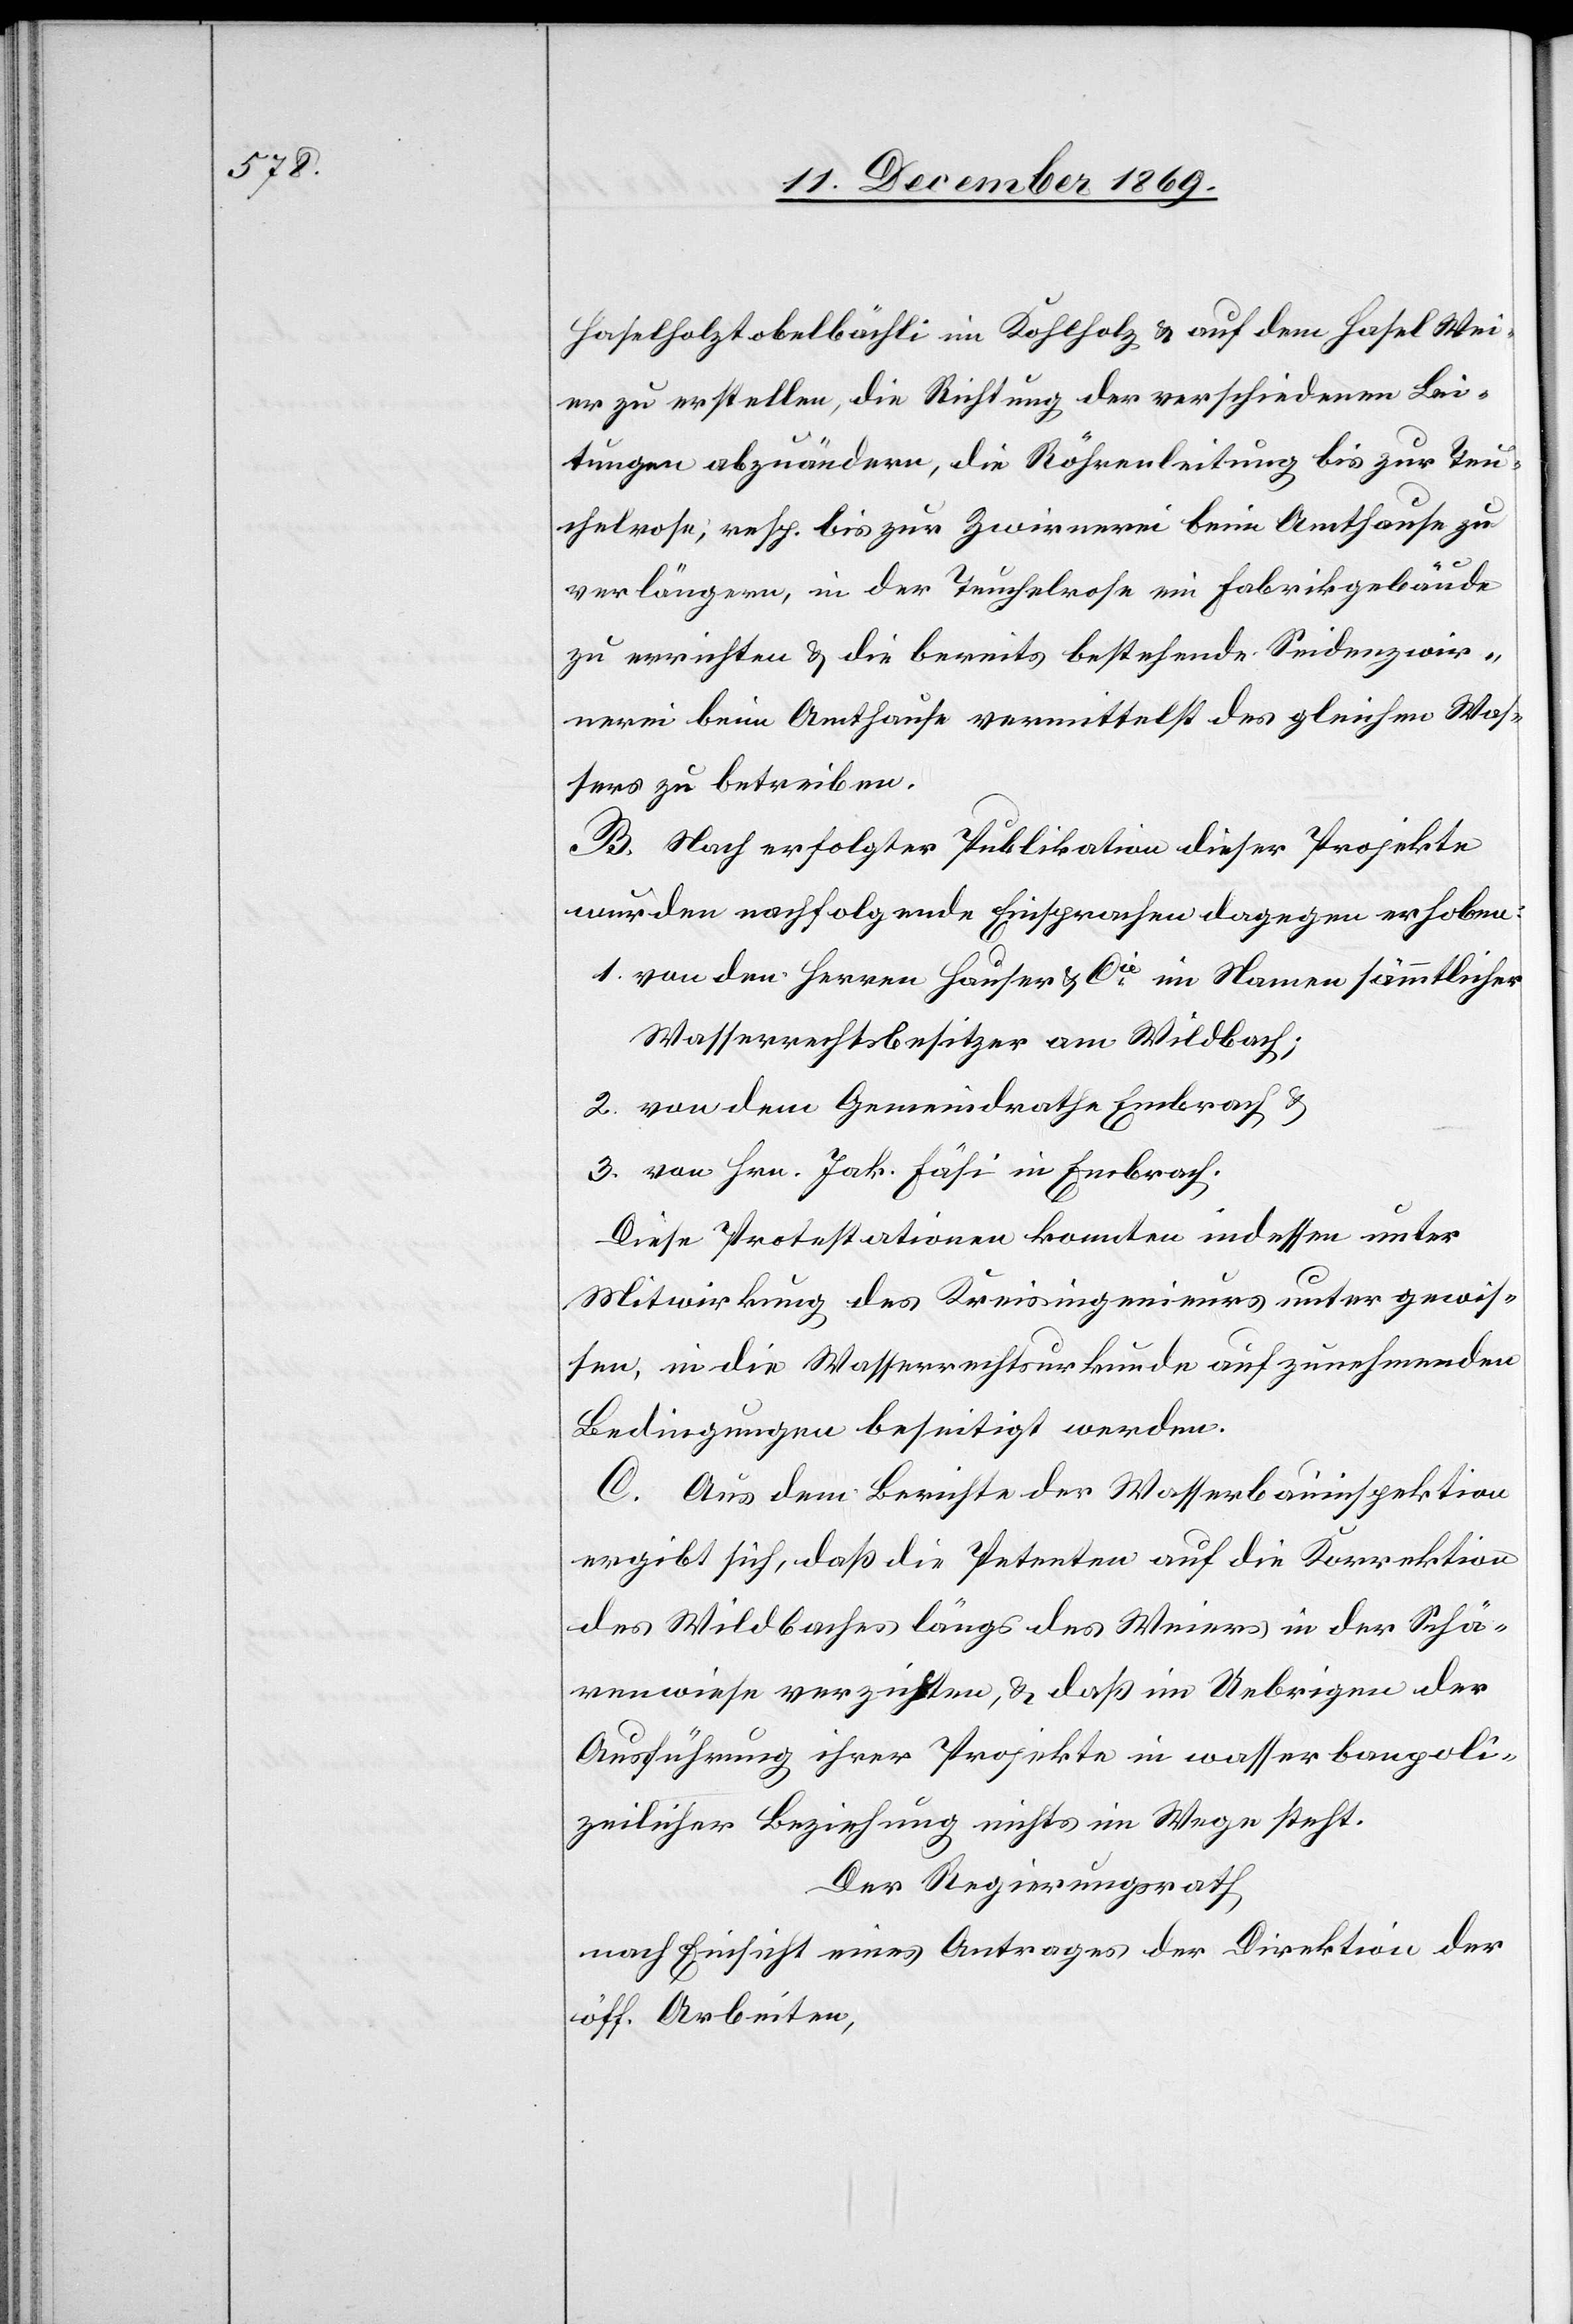
Haselholztobelbächli im Kohlholz & auf dem Hasel Wei¬
er zu erstellen, die Richtung der verschiedenen Lei¬
tungen abzuändern, die Röhrenleitung bis zur Teu¬
chelrose, resp. bis zur Zwirnerei beim Amthause zu
verlängern, in der Teuchelrose ein Fabrikgebäude
zu errichten & die bereits bestehende Seidenzwir¬
nerei beim Amthause vermittelst des gleichen Was¬
sers zu betreiben.
B. Nach erfolgter Publikation dieser Projekte
wurden nachfolgende Einsprachen dagegen erhoben:
von den Herren Hauser & Cie im Namen sämmtlicher
Wasserrechtsbesitzer am Wildbach;
von dem Gemeindrathe Embrach &
von Hrn. Jak. Fäsi in Embrach.
Diese Protestationen konnten indessen unter
Mitwirkung des Kreisingenieurs unter gewis¬
sen, in die Wasserrechtsurkunde aufzunehmenden
Bedingungen beseitigt werden.
C. Aus dem Berichte der Wasserbauinspektion
ergibt sich, daß die Petenten auf die Korrektion
des Wildbaches längs des Weiers in der Schä¬
renwiese verzichten, & daß im Uebrigen der
Ausführung ihrer Projekte in wasserbaupoli¬
zeilicher Beziehung nichts im Wege steht.
Der Regierungsrath
nach Einsicht eines Antrages der Direktion der
öff. Arbeiten,